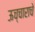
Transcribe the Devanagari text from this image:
ऊच्चाराचे